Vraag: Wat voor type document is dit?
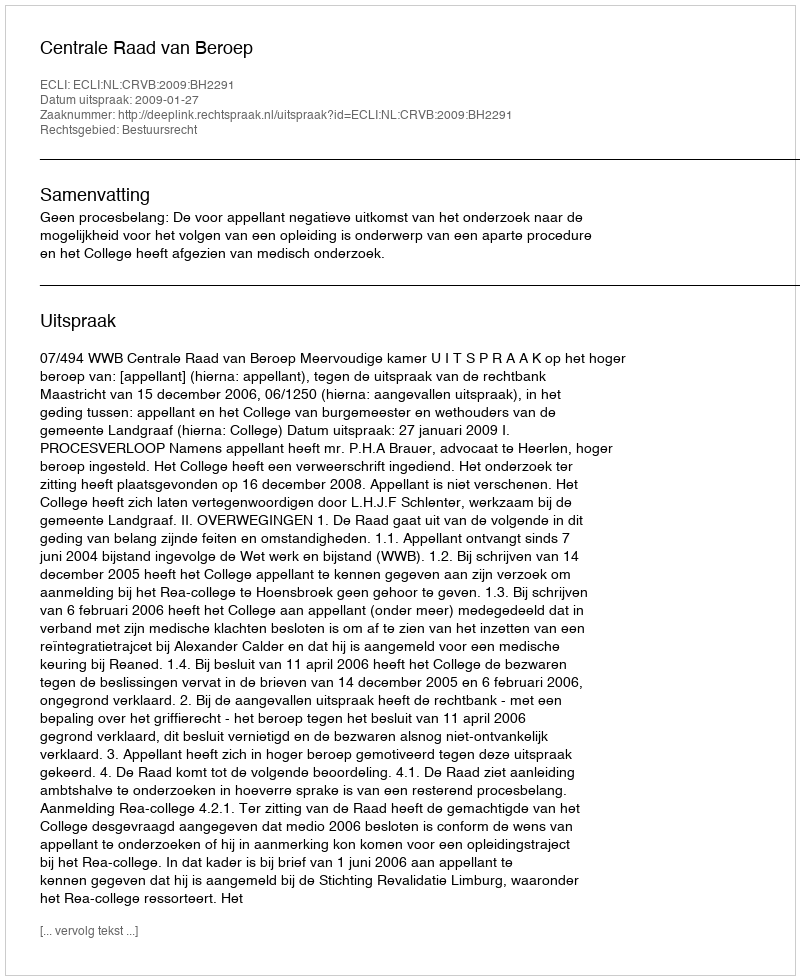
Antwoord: Uitspraak